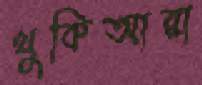
খুকিআরা